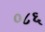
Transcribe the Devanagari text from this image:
०८६